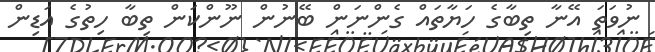
ނުވަތަ އޭނާ ތިބާގެ ހަޔާތައް ގެންނަން ބޭނުން ނޫންކަން ތިބާ ހިތުގެ އަޑިން